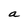
Character: a